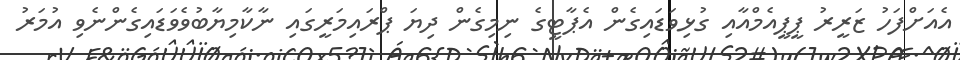
އެއަށްފަހު ޒަރީރު ޕީޕީއެމްއާއި ގުޅިވަޑައިގެން އެޕާޓީގެ ނިމިގެން ދިޔަ ޕްރައިމަރީގައި ނާކާމިޔާބުވެވަޑައިގެންނެވި އުމަރު